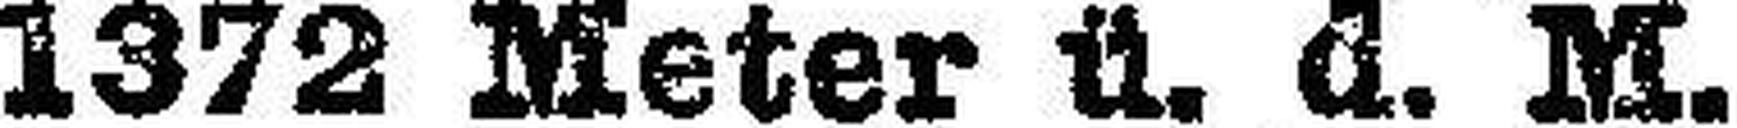
1372 Meter ü. a. M.